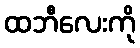
ထဘီလေးကို